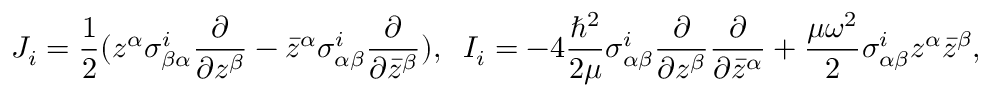
{ \cal J } _ { i } = \frac { 1 } { 2 } ( z ^ { \alpha } \sigma _ { \beta \alpha } ^ { i } \frac { \partial } { \partial z ^ { \beta } } - { \bar { z } } ^ { \alpha } \sigma _ { \alpha \beta } ^ { i } \frac { \partial } { \partial { \bar { z } } ^ { \beta } } ) , \; \; { \cal I } _ { i } = - 4 \frac { \hbar ^ { 2 } } { 2 \mu } \sigma _ { \alpha \beta } ^ { i } \frac { \partial } { \partial z ^ { \beta } } \frac { \partial } { \partial { \bar { z } } ^ { \alpha } } + \frac { \mu \omega ^ { 2 } } { 2 } \sigma _ { \alpha \beta } ^ { i } z ^ { \alpha } { \bar { z } } ^ { \beta } ,